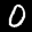
Label: 0